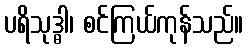
ပရိသုဒ္ဓါ၊ စင်ကြယ်ကုန်သည်။